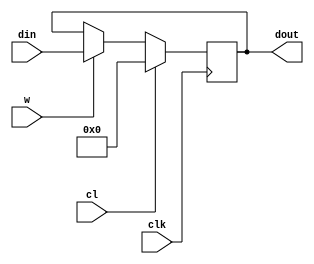
module registro(
 	input clk,
 	input cl,
 	input w,
 	input [WIDTH - 1:0] din,
 	output reg [WIDTH - 1:0] dout
     );

     parameter WIDTH = 8;

 	always @(posedge clk)
 	begin
 		if (cl == 1)
 			dout<=0;
 		else if (w==1)
 			dout<=din;
 		else
 			dout<=dout;
 	end
 endmodule